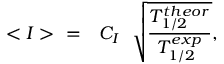
< I > ~ ~ = ~ ~ C _ { I } ~ ~ \sqrt { \frac { T _ { 1 / 2 } ^ { t h e o r } } { T _ { 1 / 2 } ^ { e x p } } } ,